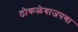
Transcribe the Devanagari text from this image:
ठोकळेबाजपणा